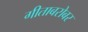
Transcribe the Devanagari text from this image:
गीताबरोबर